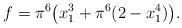
LaTeX: \begin{align*} f = \pi^6\big(x_1^3 +\pi^6(2-x_1^4)\big). \end{align*}